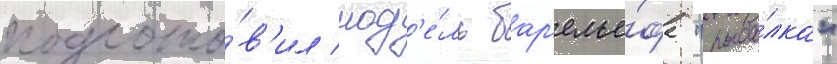
подгото́в'ил мод'е́ль бар'елье́фа "рыба́лка"